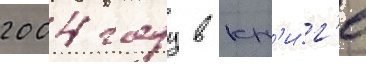
2004 году в кн'и́г'е